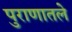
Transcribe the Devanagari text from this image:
पुराणातले